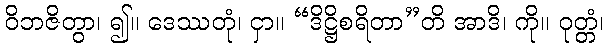
ဝိဘဇိတွာ၊ ၍။ ဒေဿတုံ၊ ငှာ။ “ဒိဋ္ဌိစရိတာ”တိ အာဒိ၊ ကို။ ဝုတ္တံ၊